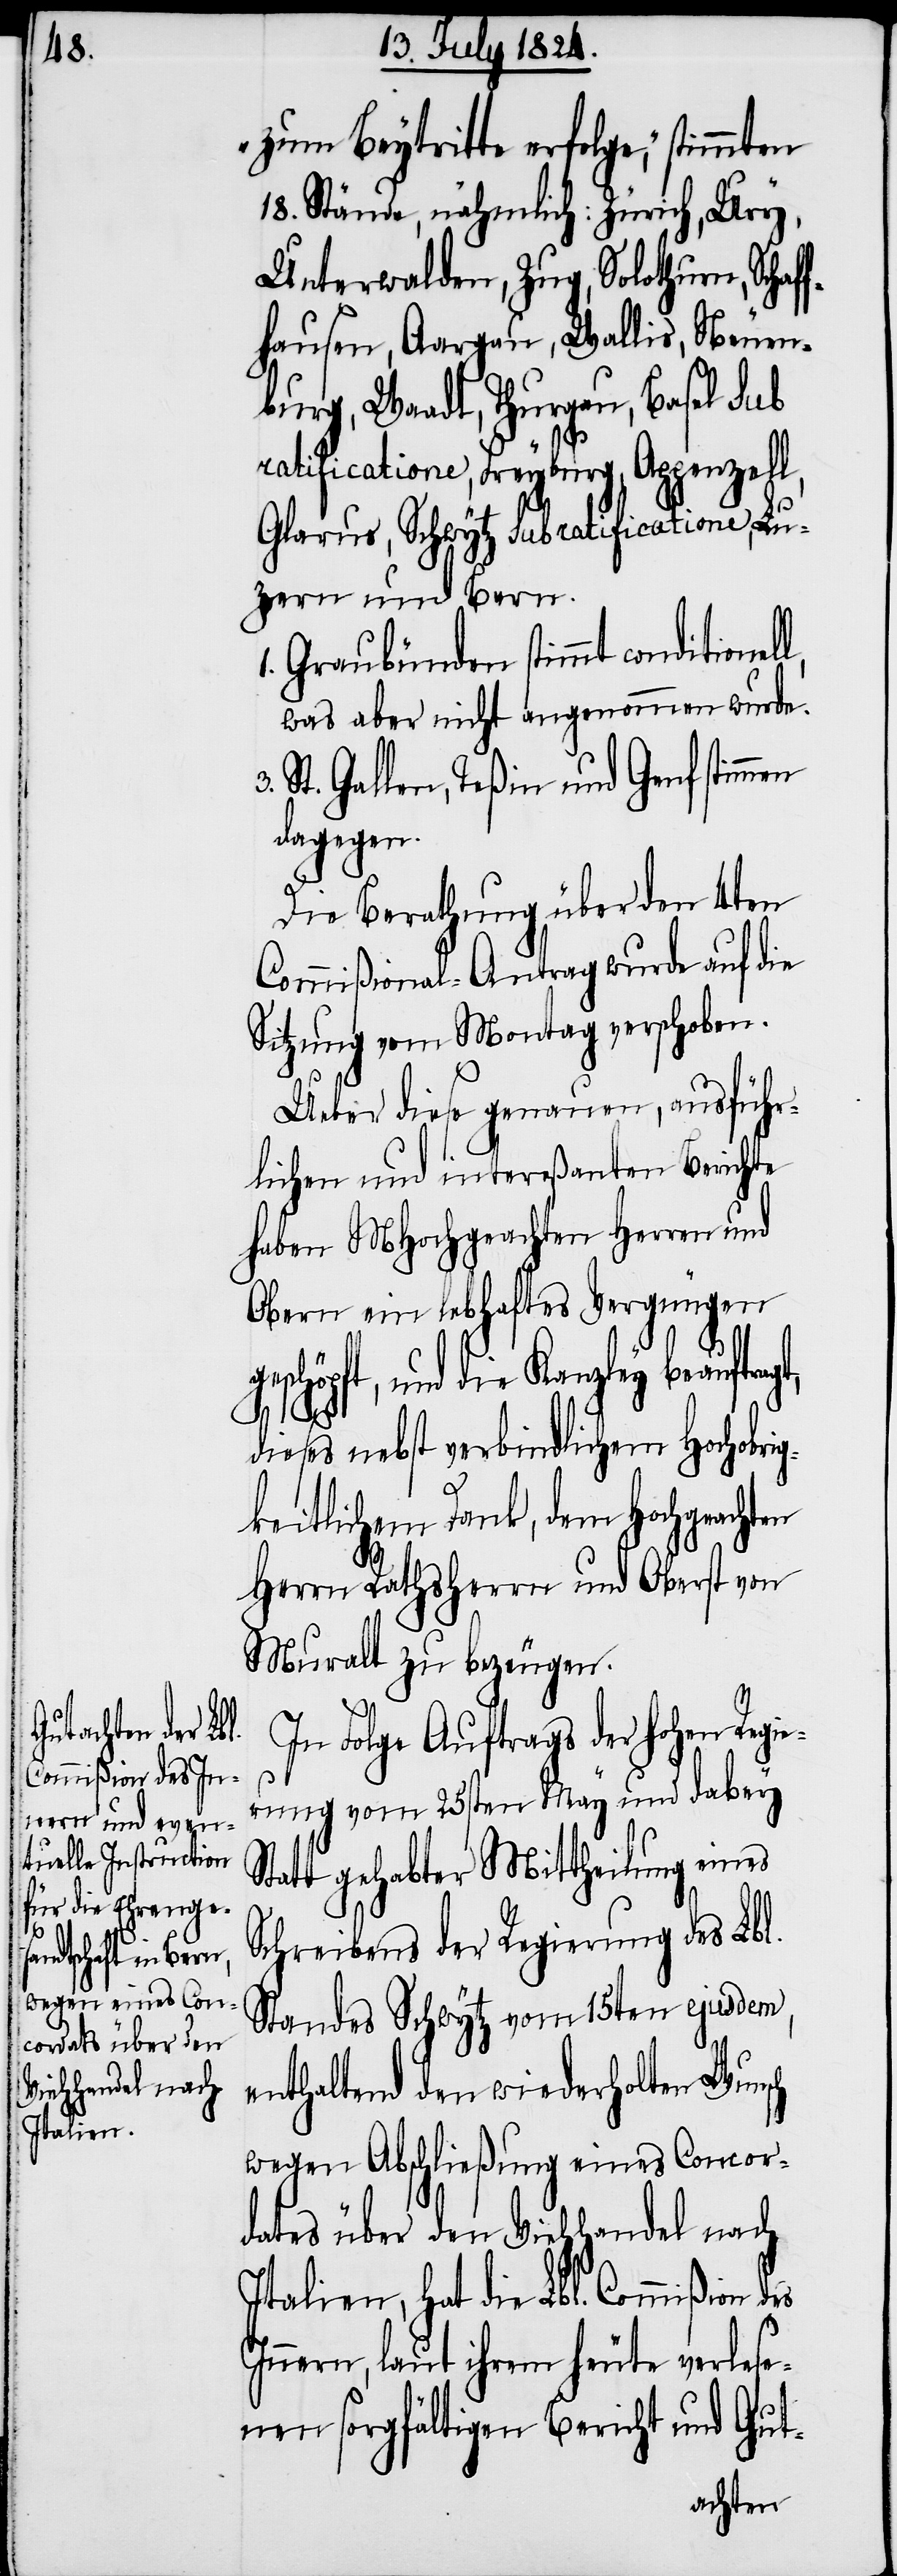
zum Beytritte erfolge,“ stimmten
18. Stände, nähmlich: Zürich, Ury,
Unterwalden, Zug, Solothurn, Schaf¬
fhausen, Aargau, Wallis, Neuen¬
burg, Waadt, Thurgau, Basel sub
ratificatione, Freyburg, Appenzell,
Glarus, Schwytz sub ratificatione, Lu¬
zern und Bern.
1. Graubünden stimmt conditionel¬
was aber nicht angenommen wurde.
St. Gallen, Teßin und Genf stimmen
dagegen.
Die Berathung über den 4ten
Commißional-Antrag wurde auf die
Sitzung vom Montag verschoben.
ch
Ueber diese genauen, ausführ¬
lichen und intereßanten Berichte
haben MHochgeachten Herren und
Obern ein lebhaftes Vergnügen
schöpft, und die Kanzley beauftra¬
dieses nebst verbindlichen Hochobri¬
gkeitlichem Dank, dem Hochgeachten
Herrn Rathsherrn und Oberst von
Muralt zu bezeugen.
In Folge Auftrags der hohen Reg¬
rung vom 25sten May und dabey
Statt gehabter Mittheilung eines
Schreibens der Regierung des Lbl.
Standes Schwytz vom 15ten ejusdem,
enthaltend den wiederholten Wuns¬
wegen Abschließung eines Concor¬
dates über den Viehhandel nach
Italien, hat die Lbl. Commißion des
Innern, laut ihrem heute verlese¬
nen sorgfältigen Bericht und Gut-